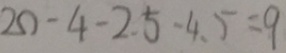
2 0 - 4 - 2 . 5 - 4 . 5 = 9